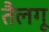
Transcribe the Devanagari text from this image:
तैलगू